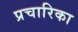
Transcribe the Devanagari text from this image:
प्रचारिका